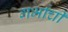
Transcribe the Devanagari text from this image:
गर्भांची